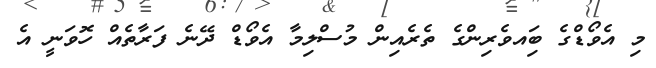
މި އެވޯޑްގެ ބަިއވެރިންގެ ތެރެއިން މުސްލިމާ އެވޯޑް ދޭނެ ފަރާތެއް ހޮވަނީ އެ